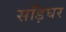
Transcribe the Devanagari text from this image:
साँड़घर